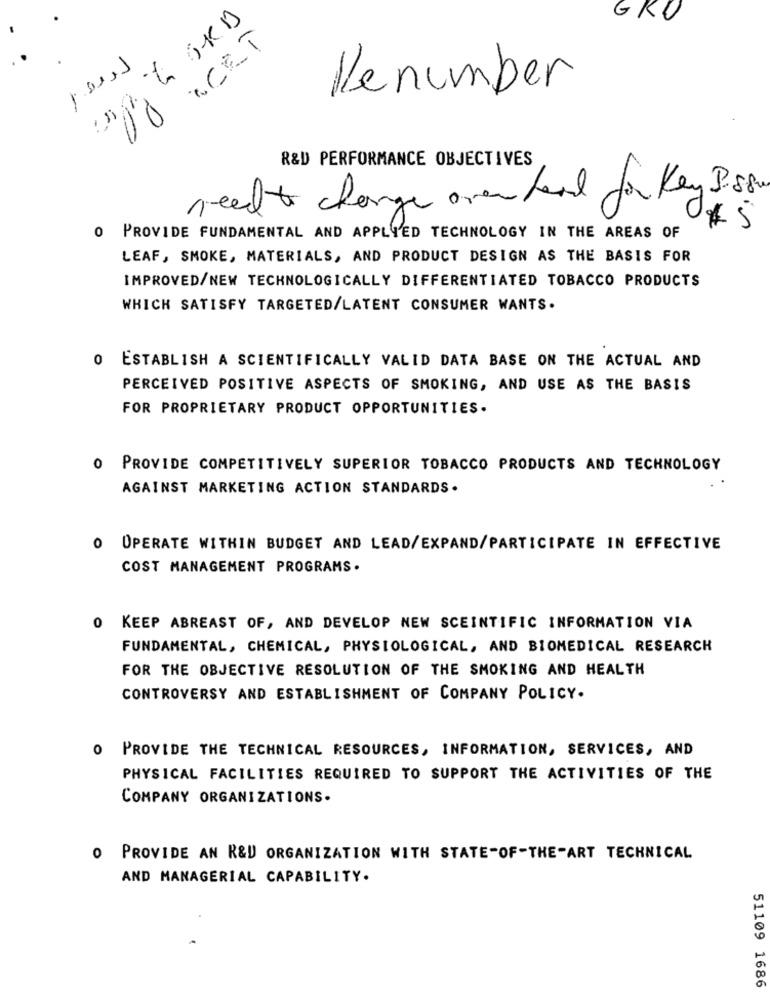
GRO
.CET
Denumber
R&D PERFORMANCE OBJECTIVES
need to change over head for Key Biss.
45
0 PROVIDE FUNDAMENTAL AND APPLIED TECHNOLOGY IN THE AREAS OF
LEAF, SMOKE, MATERIALS, AND PRODUCT DESIGN AS THE BASIS FOR
IMPROVED/NEW TECHNOLOGICALLY DIFFERENTIATED TOBACCO PRODUCTS
WHICH SATISFY TARGETED/LATENT CONSUMER WANTS.
0 ESTABLISH A SCIENTIFICALLY VALID DATA BASE ON THE ACTUAL AND
PERCEIVED POSITIVE ASPECTS OF SMOKING, AND USE AS THE BASIS
FOR PROPRIETARY PRODUCT OPPORTUNITIES.
O PROVIDE COMPETITIVELY SUPERIOR TOBACCO PRODUCTS AND TECHNOLOGY
AGAINST MARKETING ACTION STANDARDS .
O OPERATE WITHIN BUDGET AND LEAD/EXPAND/PARTICIPATE IN EFFECTIVE
COST MANAGEMENT PROGRAMS.
0 KEEP ABREAST OF, AND DEVELOP NEW SCEINTIFIC INFORMATION VIA
FUNDAMENTAL, CHEMICAL, PHYSIOLOGICAL, AND BIOMEDICAL RESEARCH
FOR THE OBJECTIVE RESOLUTION OF THE SMOKING AND HEALTH
CONTROVERSY AND ESTABLISHMENT OF COMPANY POLICY.
O PROVIDE THE TECHNICAL RESOURCES, INFORMATION, SERVICES, AND
PHYSICAL FACILITIES REQUIRED TO SUPPORT THE ACTIVITIES OF THE
COMPANY ORGANIZATIONS.
O PROVIDE AN R&D ORGANIZATION WITH STATE-OF-THE-ART TECHNICAL
AND MANAGERIAL CAPABILITY.
51109 1686